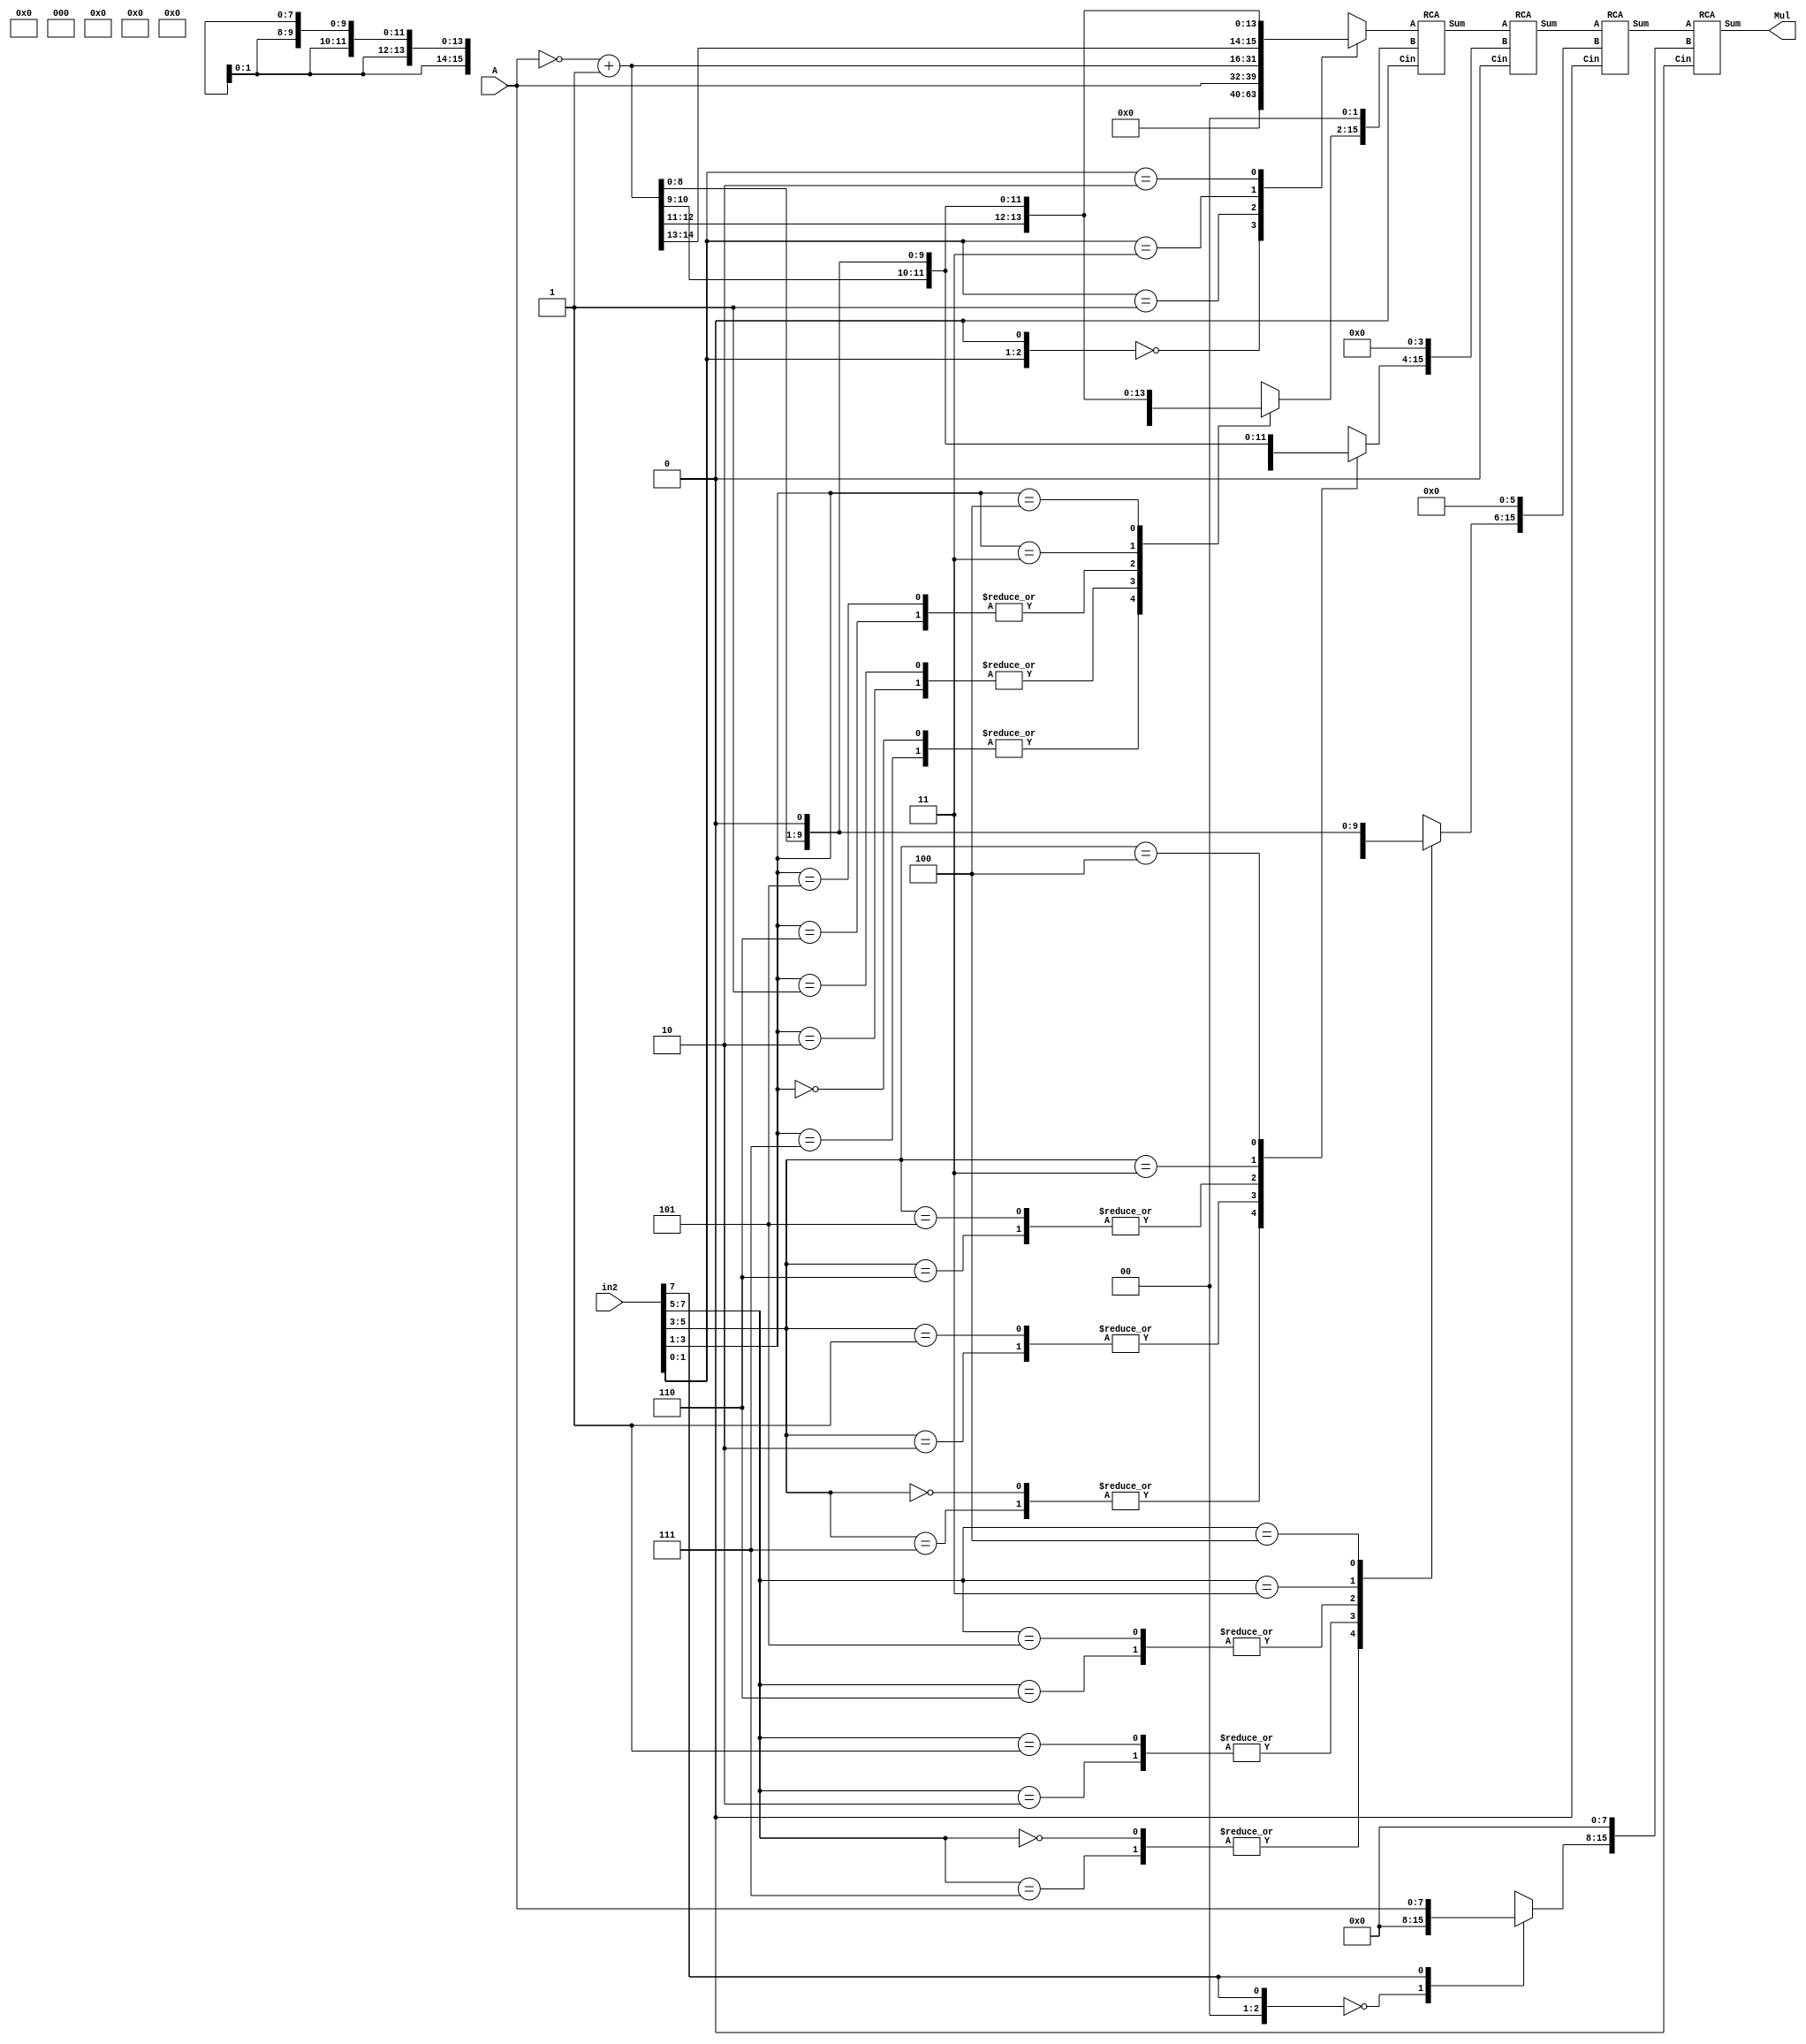
// Unsigned N-bit Booth Multiplier

// NOTE: The difference between N-bit unsigned and signed is just in sign extension
// To make this code Signed Booth, just chnage
// 1. {B[N+1], B[N]} to {2{B[N-1]}}
// 2. sgn_A from {{N{1'b0}}, A} to {{N{A[N-1]}}, A}

module Booth (A, in2, Mul);

parameter N = 8;
input [N-1:0] A, in2;
output [2*N-1:0] Mul;

wire [N+1:-1] B;
wire [2*N-1:0] sgn_A, sgn_A_1, sgn_2A, sgn_2A_1;
reg [2*N-1:0] p [N/2:0];
reg [2*N-1:0] p_shifted [N/2:0];
wire [2*N-1:0] S [N/2-1:0];

integer j,k;

assign B[N-1:0] = in2;
assign {B[N+1], B[N], B[-1]} = {3'b0};

always @(*) begin
	for(j=0;j<=N/2;j=j+1) begin
		
		case({B[2*j+1], B[2*j], B[2*j-1]})
			0,7: p[j] = 0;
			1,2: p[j] = sgn_A;
			5,6: p[j] = sgn_A_1;
			3  : p[j] = sgn_2A;
			4  : p[j] = sgn_2A_1;
			default: p[j] = 0;
			
		endcase
	end
end


assign sgn_A = {{N{1'b0}}, A};				// sign extended A

assign sgn_2A = {sgn_A[2*N-2:0], 1'b0};		// 2A

assign sgn_A_1 = ~sgn_A + 1'b1;				// -A

assign sgn_2A_1 = {sgn_A_1[2*N-2:0], 1'b0};	// -2A


always@(*) begin

	for(k=0; k<=N/2;k=k+1) begin: block_name
		
		p_shifted[k] = (p[k] << (2*k));
		
	end
end

// N-bit RCA

RCA R1 (p_shifted[0], p_shifted[1], 1'b0, S[0]);

genvar r1;
generate
	for(r1=2; r1<=N/2; r1=r1+1) begin: RC
		
		RCA R0 (S[r1-2], p_shifted[r1], 1'b0, S[r1-1]);
		
	end
endgenerate

assign Mul = S[N/2-1];

endmodule


// N-bit RCA

module RCA (A, B, Cin, Sum);

parameter N = 16;	// NOTE: this N is twice the above N

input [N-1:0] A, B;
input Cin;
output [N-1:0] Sum;

wire [N:0] C;

assign C[0] = Cin;

genvar g1;
generate
	for(g1=0;g1<N;g1=g1+1) begin: Ripple_Adder
		FA F0 (A[g1], B[g1], C[g1], Sum[g1], C[g1+1]);
	end
endgenerate

endmodule


// Full_Adder

module FA(A, B, Cin, Sum, Cout);
input A, B, Cin;
output Sum, Cout;

assign Sum = A ^ B ^ Cin;
assign Cout = ((A ^ B) & Cin) | (A & B);

endmodule